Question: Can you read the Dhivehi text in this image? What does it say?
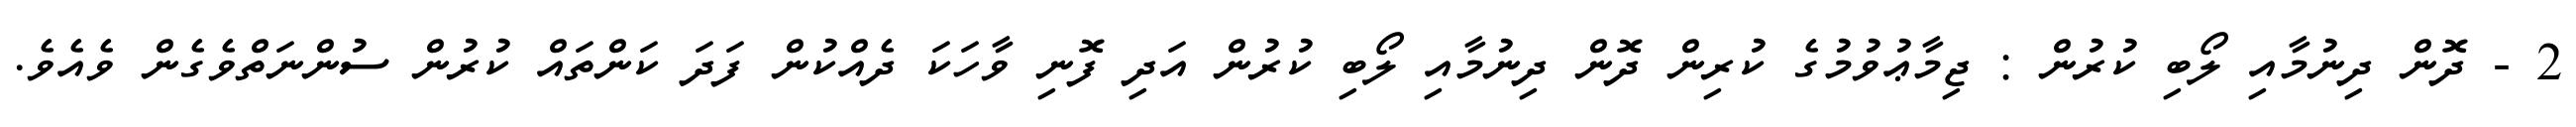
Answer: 2 - ދޮން ދިނުމާއި ލޯބި ކުރުން : ޖިމާޢުވުމުގެ ކުރިން ދޮން ދިނުމާއި ލޯބި ކުރުން އަދި ފޮނި ވާހަކަ ދެއްކުން ފަދަ ކަންތައް ކުރުން ސުންނަތްވެގެން ވެއެވެ.